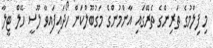
މި ފިލްމުގެ ތަރިންގެ ތެރޭގައި އާންމުންގެ މަގުބޫލްކަން ހޯދައިފައިވާ ލޫސީ ހޭލް ޓީލާ